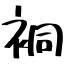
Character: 𧙥